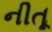
નીતૂ